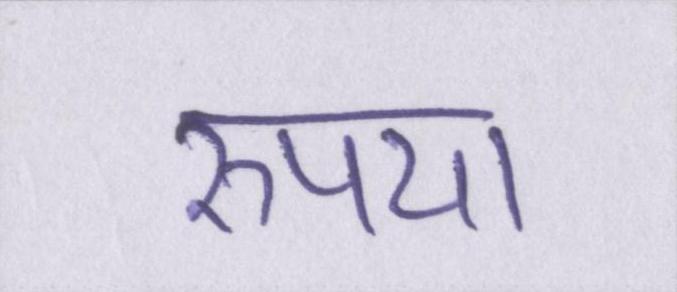
रुपया